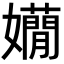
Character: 𡤃